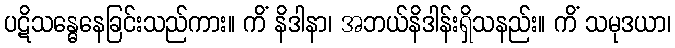
ပဋိသန္ဓေနေခြင်းသည်ကား။ ကိံ နိဒါနာ၊ အဘယ်နိဒါန်းရှိသနည်း။ ကိံ သမုဒယာ၊